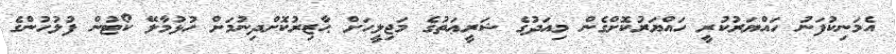
އެމަނިކުފަނު ހައްޔަރުކުރީ ހައްޔަރުކޮށްގެން މިއަދުގެ ޝަރީޢަތުގެ މަޖިލީހަށް ޙާޒިރުކޮށްދިނުމަށް ހުޅުމާލޭ ކޯޓުން ފުލުހުންގެ